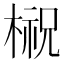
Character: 𣘌